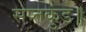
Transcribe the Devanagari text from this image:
सप्तकुंड॥